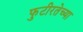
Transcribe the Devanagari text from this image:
फुटीरतेच्या